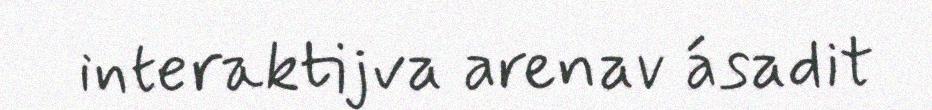
interaktijva arenav ásadit